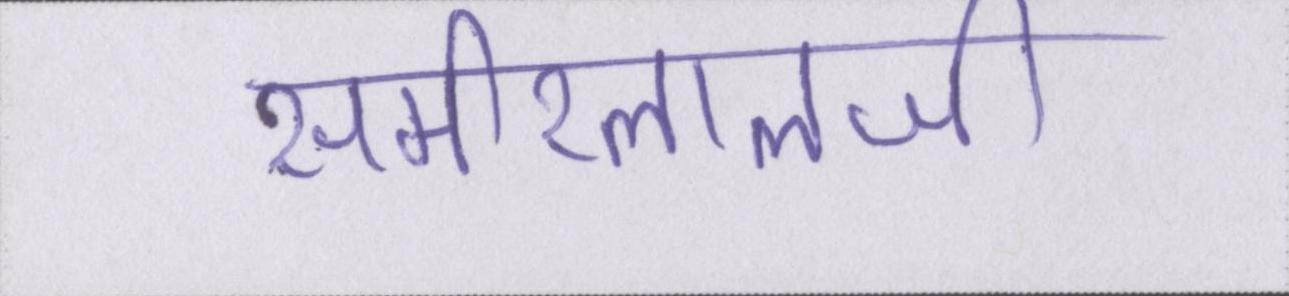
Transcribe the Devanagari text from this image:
समीरलालजी